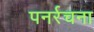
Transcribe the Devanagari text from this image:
पनर्रचना